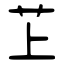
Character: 䒙